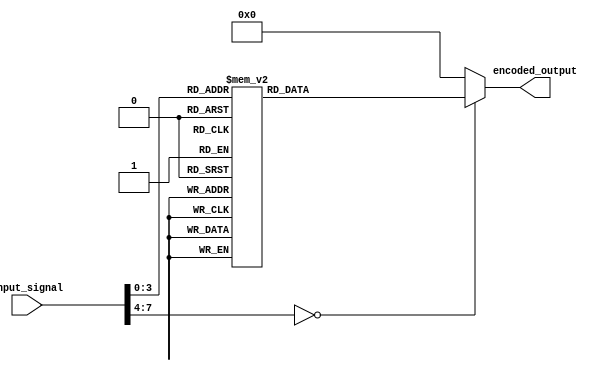
module Encoder(
    input [7:0] input_signal,
    output reg [3:0] encoded_output
);

always @(*)
begin
    case(input_signal)
        8'h00: encoded_output = 4'h0;
        8'h01: encoded_output = 4'h1;
        8'h02: encoded_output = 4'h2;
        8'h03: encoded_output = 4'h3;
        8'h04: encoded_output = 4'h4;
        8'h05: encoded_output = 4'h5;
        8'h06: encoded_output = 4'h6;
        8'h07: encoded_output = 4'h7;
        8'h08: encoded_output = 4'h8;
        8'h09: encoded_output = 4'h9;
        8'h0A: encoded_output = 4'hA;
        8'h0B: encoded_output = 4'hB;
        8'h0C: encoded_output = 4'hC;
        8'h0D: encoded_output = 4'hD;
        8'h0E: encoded_output = 4'hE;
        8'h0F: encoded_output = 4'hF;
        default: encoded_output = 4'h0;
    endcase
end

endmodule